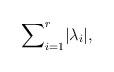
LaTeX: \begin{align*} \sum\nolimits_{i=1}^{r}\lvert\lambda_{i} \rvert ,\end{align*}